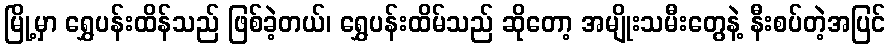
မြို့မှာ ရွှေပန်းထိန်သည် ဖြစ်ခဲ့တယ်၊ ရွှေပန်းထိမ်သည် ဆိုတော့ အမျိုးသမီးတွေနဲ့ နီးစပ်တဲ့အပြင်